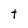
Character: t